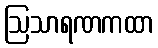
ဩသာရဏကထာ